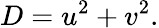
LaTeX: D=u^{2}+v^{2}.